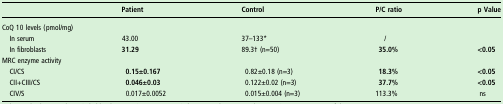
|  | Patient | Control | P/C ratio | p Value |
 | --- | --- | --- | --- | --- |
 | <COLSPAN=5> CoQ 10 levels (pmol/mg) |
 | In serum | 43.00 | 37–133* | / |  |
 | In fibroblasts | 31.29 | 89.3† (n=50) | 35.0% | <0.05 |
 | <COLSPAN=5> MRC enzyme activity |
 | CI/CS | 0.15±0.167 | 0.82±0.18 (n=3) | 18.3% | <0.05 |
 | CII+CIII/CS | 0.046±0.03 | 0.122±0.02 (n=3) | 37.7% | <0.05 |
 | CIV/S | 0.017±0.0052 | 0.015±0.004 (n=3) | 113.3% | ns |